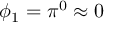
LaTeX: \phi _ { 1 } = \pi ^ { 0 } \approx 0 \qquad